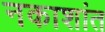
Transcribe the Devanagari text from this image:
नकाशांत